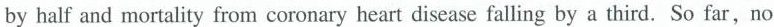
by half and mortality from coronary heart disease falling by a third. So far, no